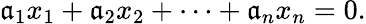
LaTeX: \mathfrak{a}_{1}x_{1}+\mathfrak{a}_{2}x_{2}+\cdots+\mathfrak{a}_{n}x_{n}=0.